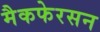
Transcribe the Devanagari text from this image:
मैकफेरसन